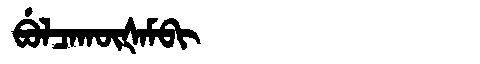
Manchu: ᠪᡠᠯᠴᠠᡴᡡᡧᠠᠮᠪᡳ
Romanization: BULCAKŪŠAMBI